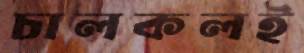
চালকলই